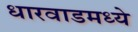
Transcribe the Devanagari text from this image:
धारवाडमध्ये